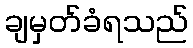
ချမှတ်ခံရသည်